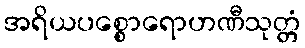
အရိယပစ္စောရောဟဏီသုတ္တံ